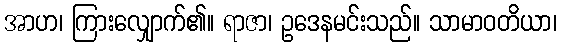
အာဟ၊ ကြားလျှောက်၏။ ရာဇာ၊ ဥဒေနမင်းသည်။ သာမာဝတိယာ၊